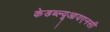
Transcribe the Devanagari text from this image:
केडब्ल्यूआयएनसी